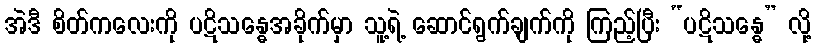
အဲဒီ စိတ်ကလေးကို ပဋိသန္ဓေအခိုက်မှာ သူ့ရဲ့ ဆောင်ရွက်ချက်ကို ကြည့်ပြီး “ပဋိသန္ဓေ” လို့